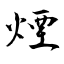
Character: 煙